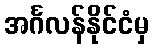
အင်္ဂလန်နိုင်ငံမှ